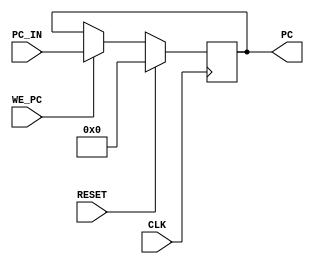
`timescale 1ns / 1ps
/*
----------------------------------------------------------------------------------
-- Company: NUS	
-- Engineer: (c) Shahzor Ahmad and Rajesh Panicker
-- 
-- Create Date: 09/23/2015 06:49:10 PM
-- Module Name: ProgramCounter
-- Project Name: CG3207 Project
-- Target Devices: Nexys 4 (Artix 7 100T)
-- Tool Versions: Vivado 2015.2
-- Description: ARM Module
-- 
-- Dependencies: NIL
-- 
-- Revision:
-- Revision 0.01 - File Created
-- Additional Comments: 
-- 
----------------------------------------------------------------------------------

----------------------------------------------------------------------------------
--	License terms :
--	You are free to use this code as long as you
--		(i) DO NOT post it on any public repository;
--		(ii) use it only for educational purposes;
--		(iii) accept the responsibility to ensure that your implementation does not violate any intellectual property of ARM Holdings or other entities.
--		(iv) accept that the program is provided "as is" without warranty of any kind or assurance regarding its suitability for any particular purpose;
--		(v)	acknowledge that the program was written based on the microarchitecture described in the book Digital Design and Computer Architecture, ARM Edition by Harris and Harris;
--		(vi) send an email to rajesh.panicker@ieee.org briefly mentioning its use (except when used for the course CG3207 at the National University of Singapore);
--		(vii) retain this notice in this file or any files derived from this.
----------------------------------------------------------------------------------
*/

module ProgramCounter(
    input CLK,
    input RESET,
    input WE_PC,    // write enable
    input [31:0] PC_IN,
    output reg [31:0] PC = 0  
    );
    
    always@( posedge CLK )
    begin
        if(RESET)
            PC <= 0 ;
        else if(WE_PC)
            PC <= PC_IN ;        
    end
    
endmodule